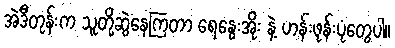
အဲဒီတုန်းက သူတို့ဆွဲနေကြတာ ရေနွေးအိုး နဲ့ ဟန်းဖုန်းပုံတွေပါ။